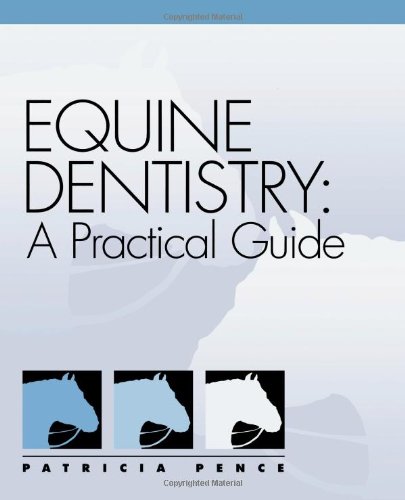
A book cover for Equine Dentistry: A Practical Guide; Patricia Pence; Medical Books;